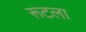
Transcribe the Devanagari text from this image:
रूटला